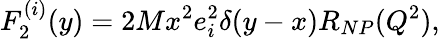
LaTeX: F_{2}^{(i)}(y)=2Mx^{2}e_{i}^{2}\delta(y-x)R_{NP}(Q^{2}),